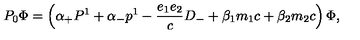
P _ { 0 } { \Phi } = \left( { \alpha } _ { + } P ^ { 1 } + { \alpha } _ { - } p ^ { 1 } - \frac { e _ { 1 } e _ { 2 } } { c } D _ { - } + { \beta } _ { 1 } m _ { 1 } c + { \beta } _ { 2 } m _ { 2 } c \right) { \Phi } ,